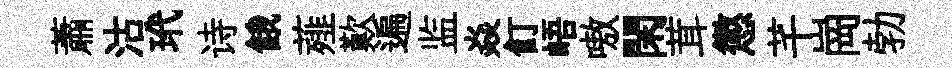
蕭沽玳诗餓薤歎遍监焱飣峿嗷閑茸懲芊崗勃